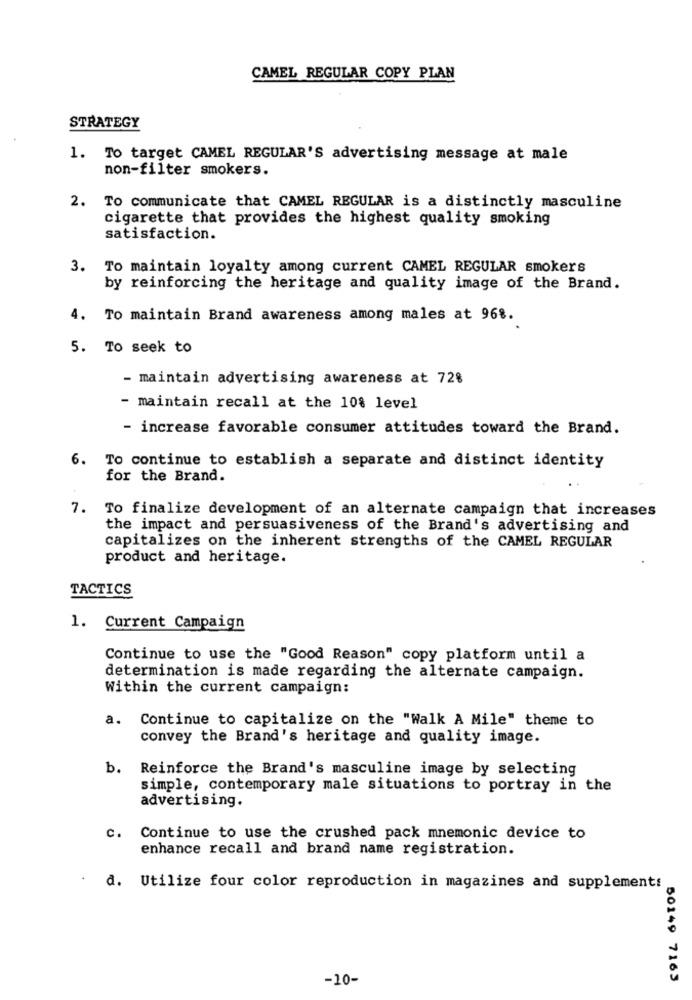
CAMEL REGULAR COPY PLAN
STRATEGY
1. To target CAMEL REGULAR'S advertising message at male
non-filter smokers.
2. To communicate that CAMEL REGULAR is a distinctly masculine
cigarette that provides the highest quality smoking
satisfaction.
3. To maintain loyalty among current CAMEL REGULAR smokers
by reinforcing the heritage and quality image of the Brand.
4. To maintain Brand awareness among males at 96%.
5. To seek to
- maintain advertising awareness at 72%
- maintain recall at the 10% level
- increase favorable consumer attitudes toward the Brand.
6. To continue to establish a separate and distinct identity
for the Brand.
7. To finalize development of an alternate campaign that increases
the impact and persuasiveness of the Brand's advertising and
capitalizes on the inherent strengths of the CAMEL REGULAR
product and heritage.
TACTICS
1. Current Campaign
Continue to use the "Good Reason" copy platform until a
determination is made regarding the alternate campaign.
Within the current campaign:
a.
Continue to capitalize on the "Walk A Mile" theme to
convey the Brand's heritage and quality image.
b.
Reinforce the Brand's masculine image by selecting
simple, contemporary male situations to portray in the
advertising.
c.
Continue to use the crushed pack mnemonic device to
enhance recall and brand name registration.
d. Utilize four color reproduction in magazines and supplement:
-10-
50149 7165